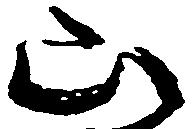
山